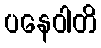
ပနေဝါတိ